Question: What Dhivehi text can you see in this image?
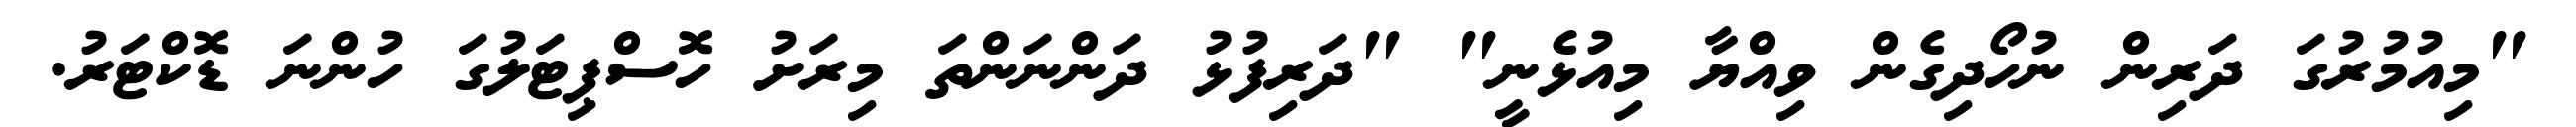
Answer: "މިއުމުރުގަ ދަރިން ނުހޯދިގެން ވިއްޔާ މިއުޅެނީ" "ދަރިފުޅު ދަންނަންތަ މިރަށު ހޮސްޕިޓަލުގަ ހުންނަ ޑޮކްޓަރު.